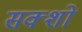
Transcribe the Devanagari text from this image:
सक्शो